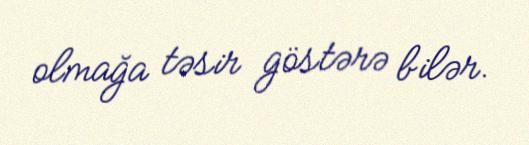
olmağa təsir göstərə bilər.